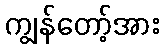
ကျွန်တော့်အား